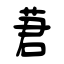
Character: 莙